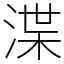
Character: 渫